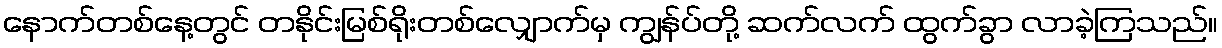
နောက်တစ်နေ့တွင် တနိုင်းမြစ်ရိုးတစ်လျှောက်မှ ကျွန်ပ်တို့ ဆက်လက် ထွက်ခွာ လာခဲ့ကြသည်။